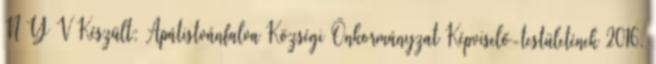
N Y V Készült: Apátistvánfalva Községi Önkormányzat Képviselő-testületének 2016.